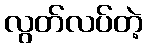
လွတ်လပ်တဲ့